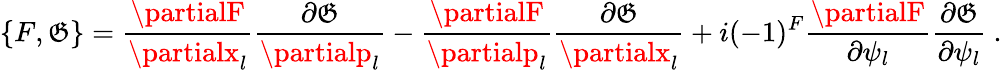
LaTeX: \{ F,\mathfrak{G}\} =\frac{{\partialF}}{{\partialx_{l}}}\frac{{\partial\mathfrak{G}}}{{\partialp_{l}}}-\frac{{\partialF}}{{\partialp_{l}}}\frac{{\partial\mathfrak{G}}}{{\partialx_{l}}}+i(-1)^{F}\frac{{\partialF}}{{\partial\psi_{l}}}\frac{{\partial\mathfrak{G}}}{{\partial\psi_{l}}}\ .